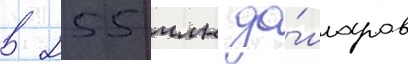
в 255 млн до́лларов